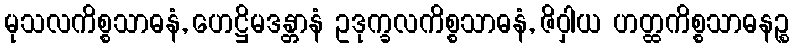
မုသလကိစ္စသာဓနံ, ဟေဋ္ဌိမဒန္တာနံ ဥဒုက္ခလကိစ္စသာဓနံ, ဇိဝှါယ ဟတ္ထကိစ္စသာဓနဉ္စ